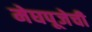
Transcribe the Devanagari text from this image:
मेघपूजेची